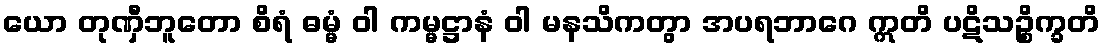
ယော တုဏှီဘူတော စိရံ ဓမ္မံ ဝါ ကမ္မဋ္ဌာနံ ဝါ မနသိကတွာ အပရဘာဂေ ဣတိ ပဋိသဉ္စိက္ခတိ